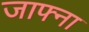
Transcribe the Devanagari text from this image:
जाफ्ना